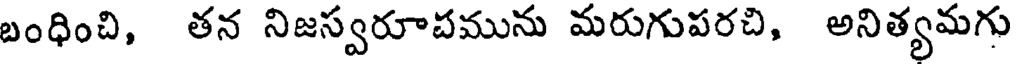
బంధించి, తన నిజస్వరూచమును మరుగుపరచి, అనిత్యమగు